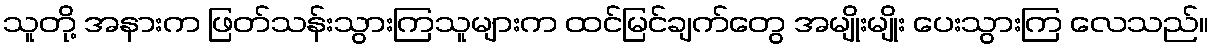
သူတို့ အနားက ဖြတ်သန်းသွားကြသူများက ထင်မြင်ချက်တွေ အမျိုးမျိုး ပေးသွားကြ လေသည်။